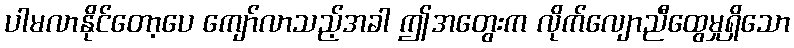
ပါမလာနိုင်တော့ပေ ကျော်လာသည့်အခါ ဤအတွေးက လိုက်လျောညီထွေမှုရှိသော